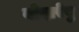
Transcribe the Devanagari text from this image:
वोदारेवु